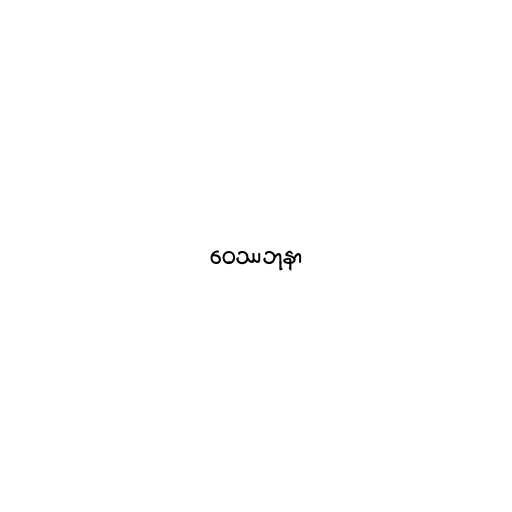
ဝေဿဘုနာ